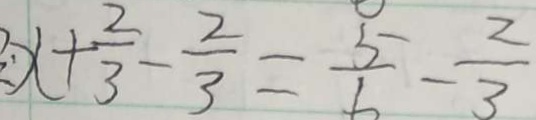
x + \frac { 2 } { 3 } - \frac { 2 } { 3 } = \frac { 5 } { 6 } - \frac { 2 } { 3 }